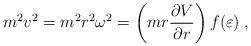
LaTeX: \begin{align*}m^2 v^2 = m^2 r^2 \omega^2 =\left( mr\frac{\partial V}{\partial r} \right) f(\varepsilon)\;,\end{align*}